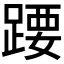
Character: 𬦽